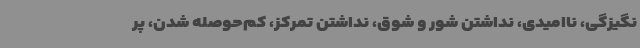
نگیزگی، ناامیدی، نداشتن شور و شوق، نداشتن تمرکز، کم‌حوصله شدن، پر